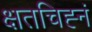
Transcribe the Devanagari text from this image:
क्षतचिह्नं